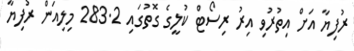
ރުފިޔާ އަށް އިތުރުވި އިރު ރިސޯޓް ކުލީގެ ގޮތުގައި 283.2 މިލިއަން ރުފިޔާ